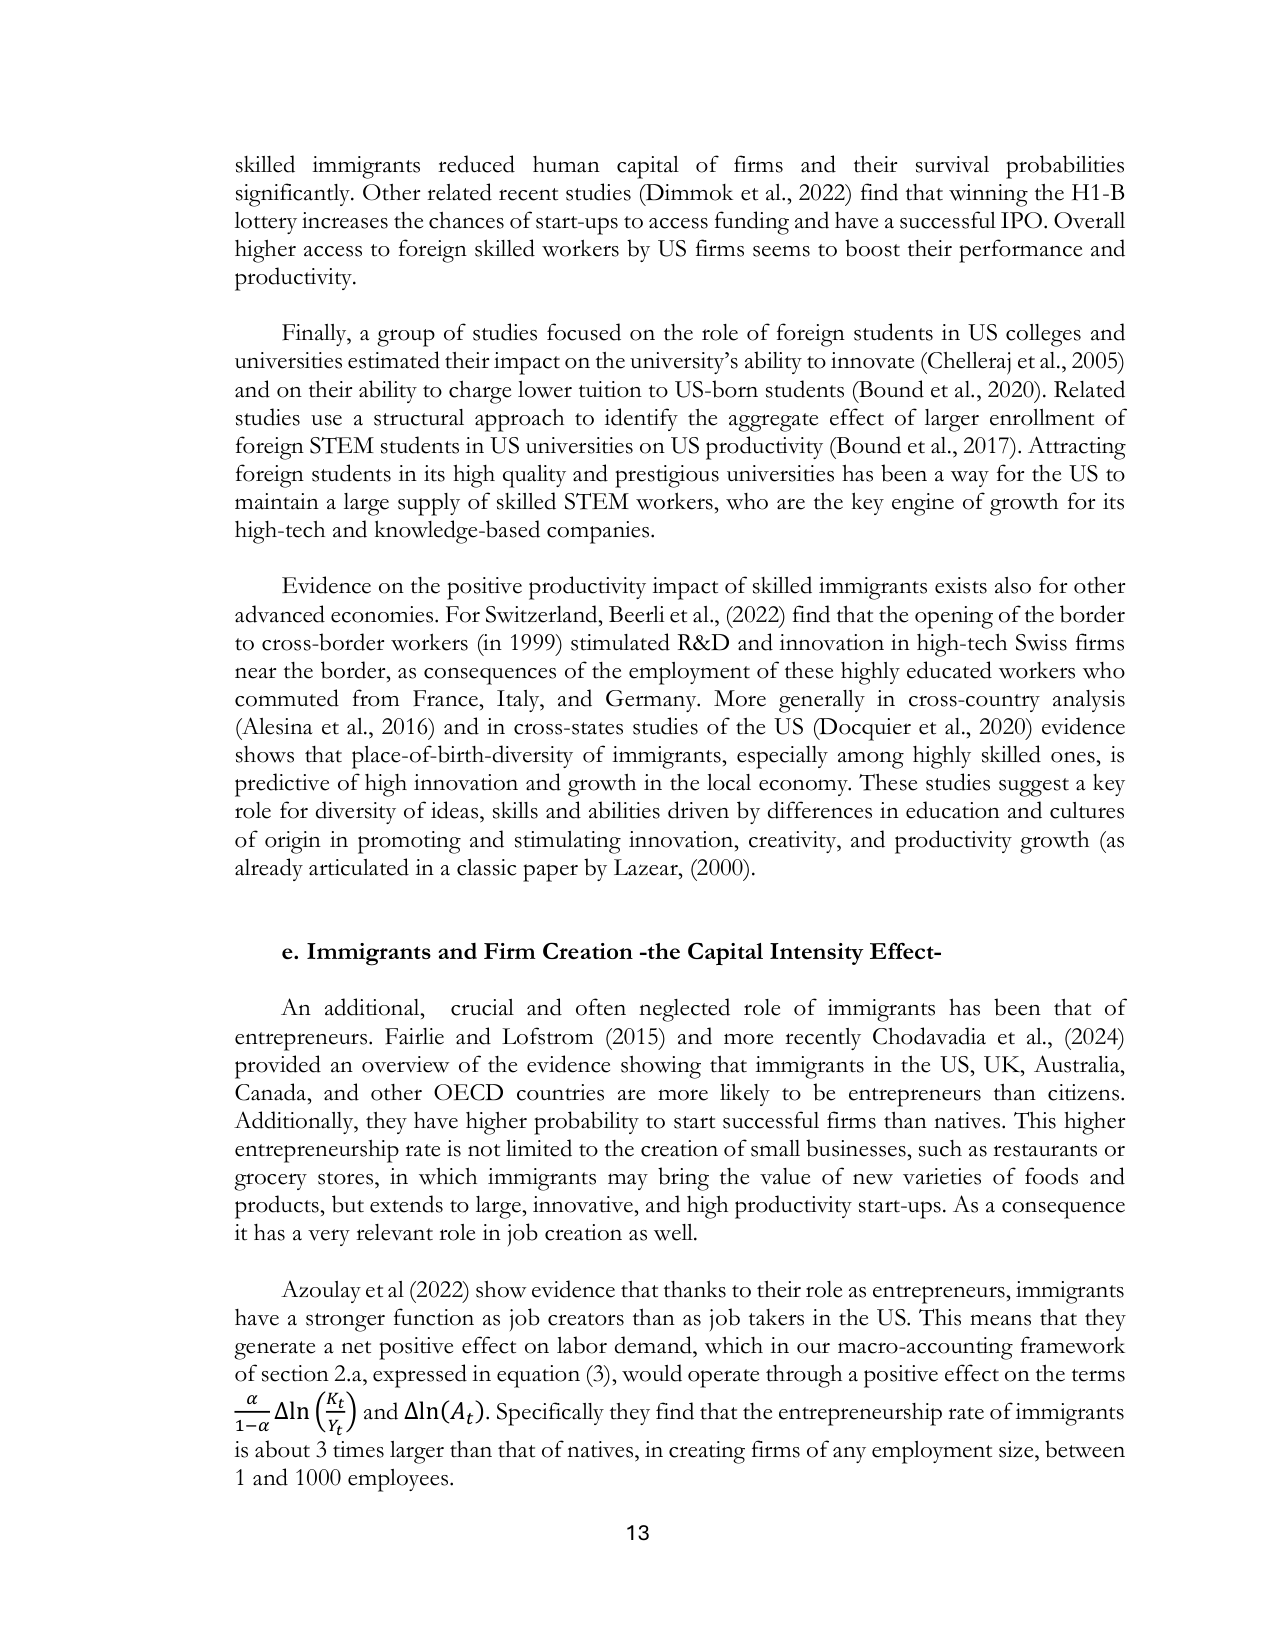
skilled immigrants reduced human capital of firms and their survival probabilities significantly. Other related recent studies (Dimmok et al., 2022) find that winning the H1-B lottery increases the chances of start-ups to access funding and have a successful IPO. Overall higher access to foreign skilled workers by US firms seems to boost their performance and productivity.

Finally, a group of studies focused on the role of foreign students in US colleges and universities estimated their impact on the university’s ability to innovate (Chelleraj et al., 2005) and on their ability to charge lower tuition to US-born students (Bound et al., 2020). Related studies use a structural approach to identify the aggregate effect of larger enrollment of foreign STEM students in US universities on US productivity (Bound et al., 2017). Attracting foreign students in its high quality and prestigious universities has been a way for the US to maintain a large supply of skilled STEM workers, who are the key engine of growth for its high-tech and knowledge-based companies.

Evidence on the positive productivity impact of skilled immigrants exists also for other advanced economies. For Switzerland, Beerli et al., (2022) find that the opening of the border to cross-border workers (in 1999) stimulated R&D and innovation in high-tech Swiss firms near the border, as consequences of the employment of these highly educated workers who commuted from France, Italy, and Germany. More generally in cross-country analysis (Alesina et al., 2016) and in cross-states studies of the US (Docquier et al., 2020) evidence shows that place-of-birth-diversity of immigrants, especially among highly skilled ones, is predictive of high innovation and growth in the local economy. These studies suggest a key role for diversity of ideas, skills and abilities driven by differences in education and cultures of origin in promoting and stimulating innovation, creativity, and productivity growth (as already articulated in a classic paper by Lazear, (2000).

e. Immigrants and Firm Creation -the Capital Intensity Effect-

An additional, crucial and often neglected role of immigrants has been that of entrepreneurs. Fairlie and Lofstrom (2015) and more recently Chodavadia et al., (2024) provided an overview of the evidence showing that immigrants in the US, UK, Australia, Canada, and other OECD countries are more likely to be entrepreneurs than citizens. Additionally, they have higher probability to start successful firms than natives. This higher entrepreneurship rate is not limited to the creation of small businesses, such as restaurants or grocery stores, in which immigrants may bring the value of new varieties of foods and products, but extends to large, innovative, and high productivity start-ups. As a consequence it has a very relevant role in job creation as well.

Azoulay et al (2022) show evidence that thanks to their role as entrepreneurs, immigrants have a stronger function as job creators than as job takers in the US. This means that they generate a net positive effect on labor demand, which in our macro-accounting framework of section 2.a, expressed in equation (3), would operate through a positive effect on the terms $\frac{\alpha}{1-\alpha}\Delta\ln\left(\frac{K_t}{Y_t}\right)$ and $\Delta\ln(A_t)$. Specifically they find that the entrepreneurship rate of immigrants is about 3 times larger than that of natives, in creating firms of any employment size, between 1 and 1000 employees.

13